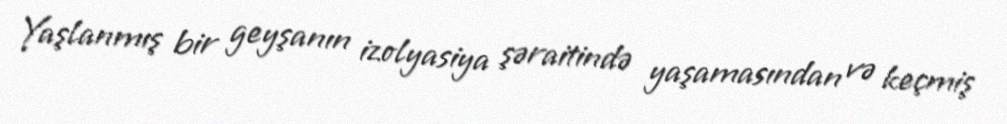
Yaşlanmış bir geyşanın izolyasiya şəraitində yaşamasından və keçmiş